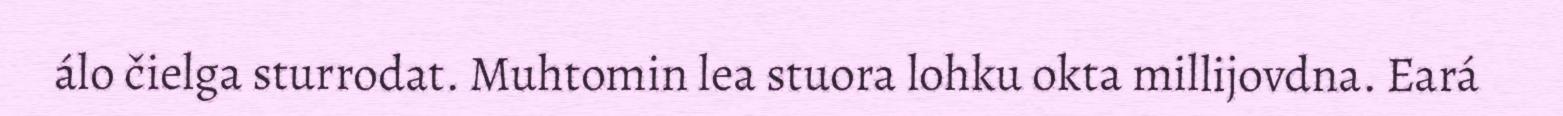
álo čielga sturrodat. Muhtomin lea stuora lohku okta millijovdna. Eará